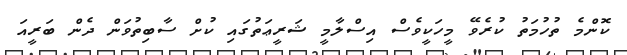
ކޮންމެ ތުހުމަތު ކުރެވޭ މީހަކީވެސް އިސްލާމީ ޝަރީޢަތުގައި ކުށް ސާބިތުވަން ދެން ބަރީއަ